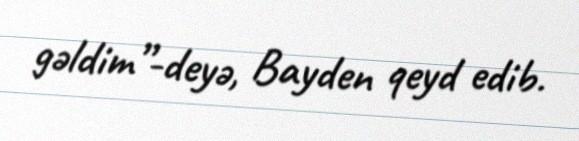
gəldim”-deyə, Bayden qeyd edib.